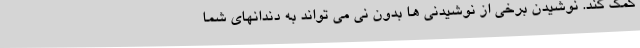
کمک کند. نوشیدن برخی از نوشیدنی ها بدون نی می تواند به دندانهای شما